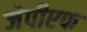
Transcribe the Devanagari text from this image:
जेपीएफ